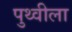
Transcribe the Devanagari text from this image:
पुथ्वीला